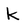
Character: k